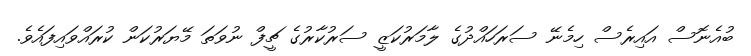
ބުއެނޮސް އައިރެސް ހިމެނޭ ސަރަހައްދުގެ ލާމަރުކަޒީ ސަރުކާރުގެ ޗީފް ނުވަތަ މޭޔަރުކަން ކުރައްވައިފައެވެ.